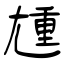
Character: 尰